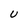
Character: U